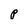
Character: p